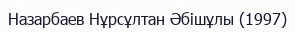
Назарбаев Нұрсұлтан Әбішұлы (1997)